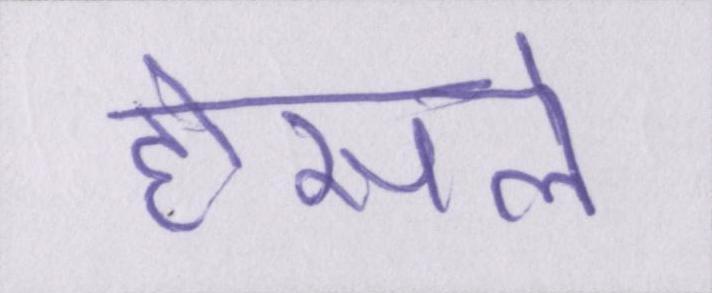
हौसले